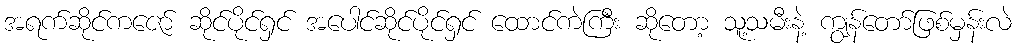
အရက်ဆိုင်ကဇော် ဆိုင်ပိုင်ရှင် အပေါင်ဆိုင်ပိုင်ရှင် ထောင်ကဲကြီး ဆိုတော့ သူ့သမီးနဲ့ ကျွန်တော်ဖြစ်မှန်းလဲ